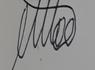
Signature authenticity: genuine